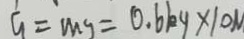
G = m g = 0 . 6 k g \times 1 0 N